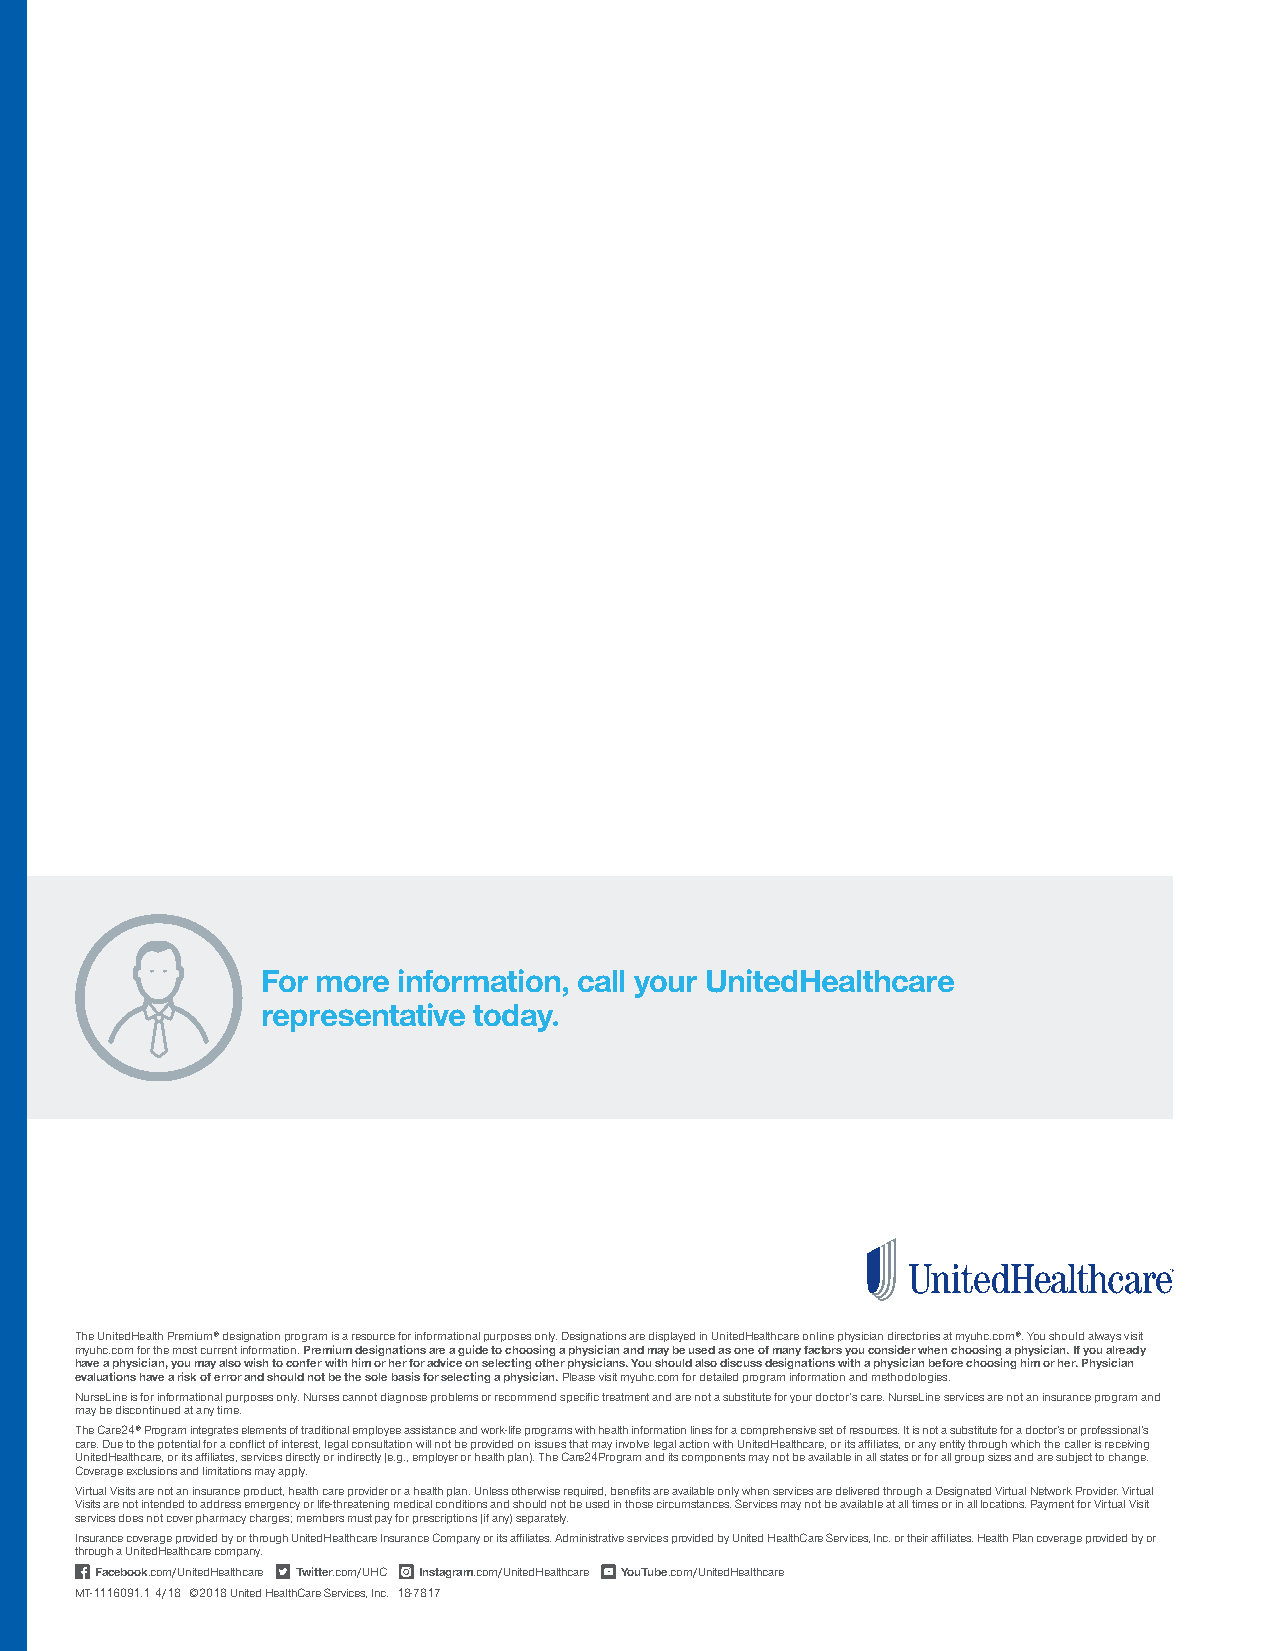
For more information, call your UnitedHealthcare
 representative today.
 The UnitedHealth Premium® designation program is a resource for informational purposes only. Designations are displayed in UnitedHealthcare online physician directories at myuhc.com®. You should always visit
 myuhc.com for the most current information. Premium designations are a guide to choosing a physician and may be used as one of many factors you consider when choosing a physician. If you already
 have a physician, you may also wish to confer with him or her for advice on selecting other physicians. You should also discuss designations with a physician before choosing him or her. Physician
 evaluations have a risk of error and should not be the sole basis for selecting a physician. Please visit myuhc.com for detailed program information and methodologies.
 NurseLine is for informational purposes only. Nurses cannot diagnose problems or recommend specific treatment and are not a substitute for your doctor’s care. NurseLine services are not an insurance program and
 may be discontinued at any time.
 The Care24® Program integrates elements of traditional employee assistance and work-life programs with health information lines for a comprehensive set of resources. It is not a substitute for a doctor’s or professional’s
 care. Due to the potential for a conflict of interest, legal consultation will not be provided on issues that may involve legal action with UnitedHealthcare, or its affiliates, or any entity through which the caller is receiving
 UnitedHealthcare, or its affiliates, services directly or indirectly (e.g., employer or health plan). The Care24Program and its components may not be available in all states or for all group sizes and are subject to change.
 Coverage exclusions and limitations may apply.
 Virtual Visits are not an insurance product, health care provider or a health plan. Unless otherwise required, benefits are available only when services are delivered through a Designated Virtual Network Provider. Virtual
 Visits are not intended to address emergency or life-threatening medical conditions and should not be used in those circumstances. Services may not be available at all times or in all locations. Payment for Virtual Visit
 services does not cover pharmacy charges; members must pay for prescriptions (if any) separately.
 Insurance coverage provided by or through UnitedHealthcare Insurance Company or its affiliates. Administrative services provided by United HealthCare Services, Inc. or their affiliates. Health Plan coverage provided by or
 through a UnitedHealthcare company.
 Facebook.com/UnitedHealthcare Twitter.com/UHC Instagram.com/UnitedHealthcare YouTube.com/UnitedHealthcare
 MT-1116091.1 4/18 ©2018 United HealthCare Services, Inc. 18-7817